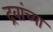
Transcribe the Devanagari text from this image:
द्रवांच्या